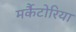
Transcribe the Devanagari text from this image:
मर्कैटोरिया